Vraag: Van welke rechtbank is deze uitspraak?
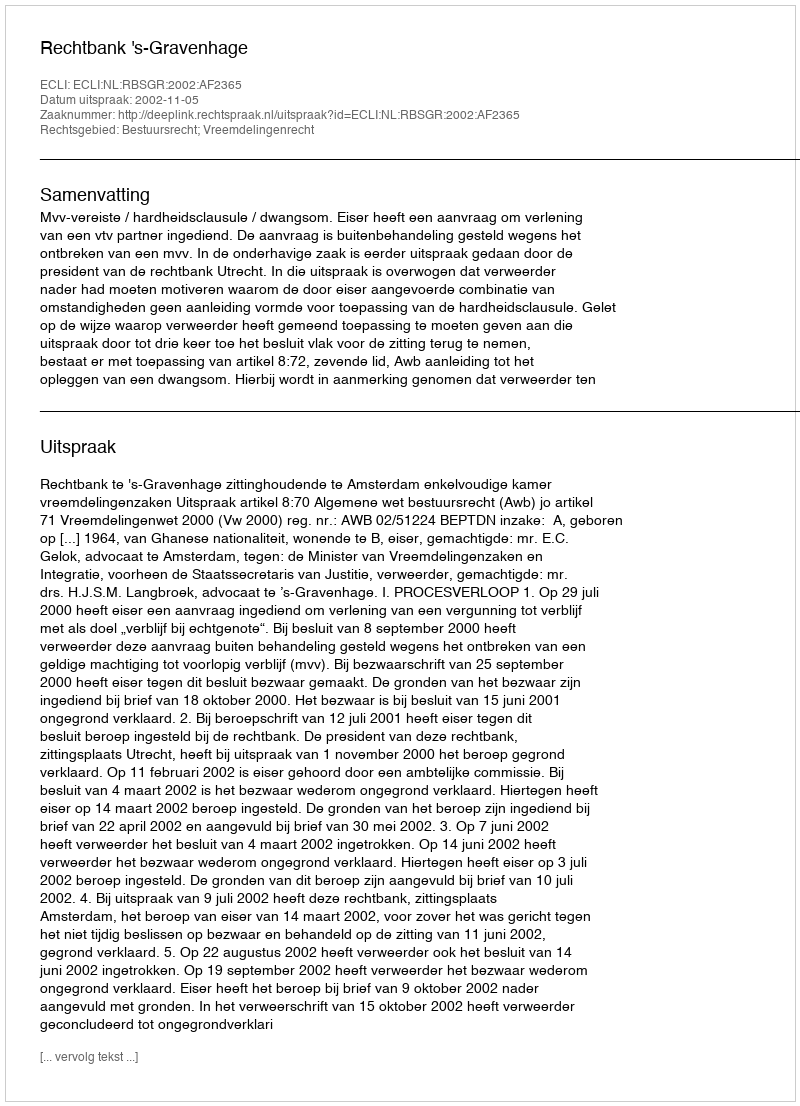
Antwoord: Rechtbank 's-Gravenhage